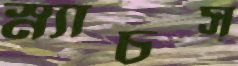
স্ন্যাচস্